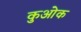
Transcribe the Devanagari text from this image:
कुओक